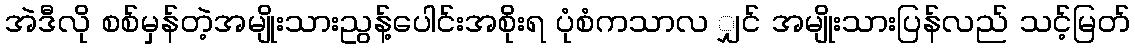
အဲဒီလို စစ်မှန်တဲ့အမျိုးသားညွန့်ပေါင်းအစိုးရ ပုံစံကသာလ ျှင် အမျိုးသားပြန်လည် သင့်မြတ်